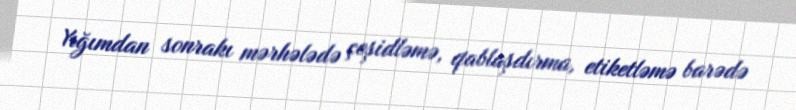
Yığımdan sonrakı mərhələdə çeşidləmə, qablaşdırma, etiketləmə barədə